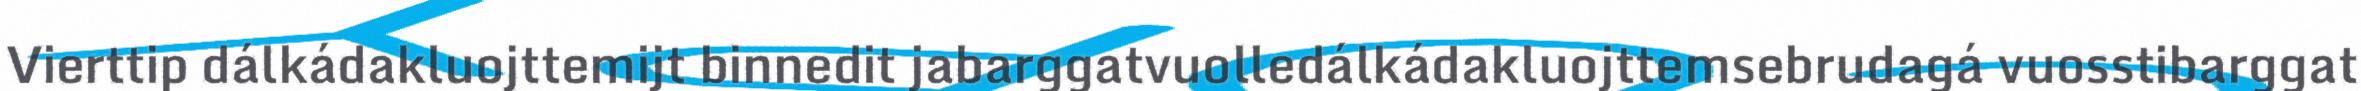
Vierttip dálkádakluojttemijt binnedit jabarggatvuolledálkádakluojttemsebrudagá vuosstibarggat